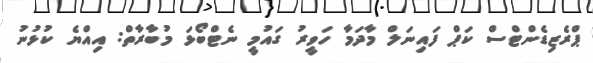
ޕްރެޒިޑެންޓްސް ކަޕް ފައިނަލް މާދަމާ ހަވީރު ގައުމީ ނެޓްބޯޅަ މުބާރާތް: އިއްޔެ ކުޅުނު